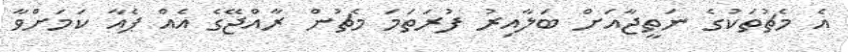
އެ މެޗުތަކުގެ ނަތީޖާއަށް ބަލާއިރު ފުރަތަމަ މެޗުން ރާއްޖޭގެ އެއް ޕެއާ ކަމަށްވާ